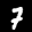
Label: 7